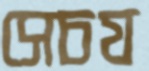
সেচয